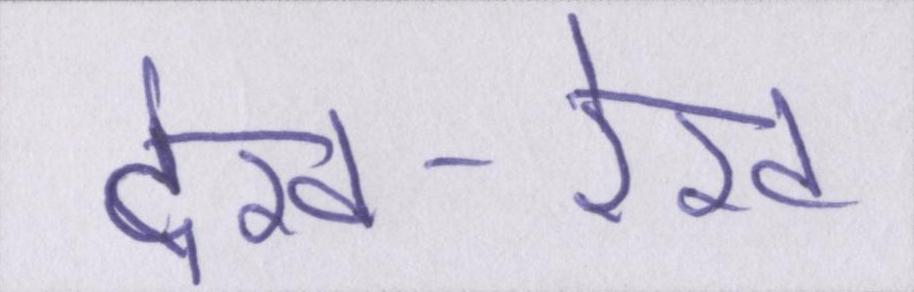
देख-रेख